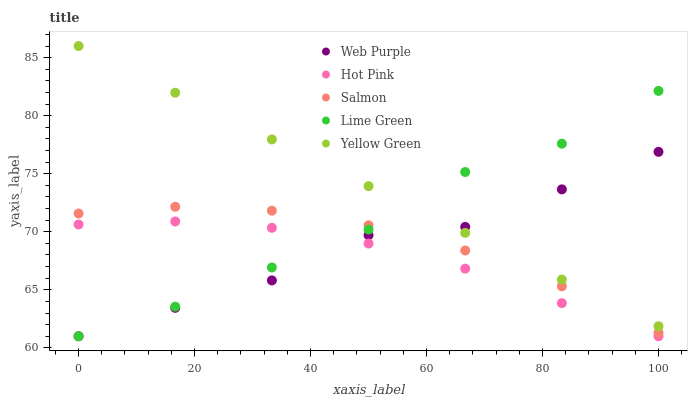
| xaxis_label | Web Purple | Hot Pink | Salmon | Lime Green | Yellow Green |
 | --- | --- | --- | --- | --- | --- |
 | 0 | 61 | 70.6 | 71.6 | 61 | 86 |
 | 16.7 | 63.4 | 70.9 | 72.2 | 63.5 | 82 |
 | 33.3 | 65.8 | 70.3 | 71.8 | 66.9 | 78 |
 | 50 | 69.7 | 69 | 70.6 | 70.2 | 73.9 |
 | 66.7 | 70.4 | 66.8 | 68.4 | 75.1 | 69.9 |
 | 83.3 | 73.7 | 63.9 | 65.3 | 77.6 | 65.9 |
 | 100 | 76.9 | 61 | 61.3 | 82.1 | 61.9 |